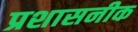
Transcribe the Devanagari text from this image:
प्रशासनीक